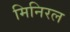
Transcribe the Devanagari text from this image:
मिनिरल